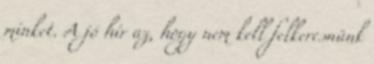
minket. A jó hír az, hogy nem kell felkeresnünk